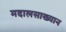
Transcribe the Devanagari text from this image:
मदालसाख्यान